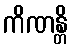
ကိဏန္တိ